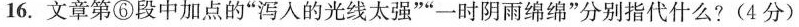
16.文章第⑥段中加点的”泻入的光线太强””一时阴雨绵绵”分别指代什么?(4分)